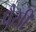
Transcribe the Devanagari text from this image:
पैसी